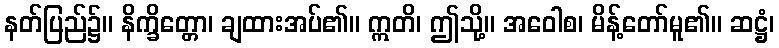
နတ်ပြည်၌။ နိက္ခိတ္တော၊ ချထားအပ်၏။ ဣတိ၊ ဤသို့။ အဝေါစ၊ မိန့်တော်မူ၏။ ဆဋ္ဌံ၊